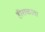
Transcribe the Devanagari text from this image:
हीराकाता